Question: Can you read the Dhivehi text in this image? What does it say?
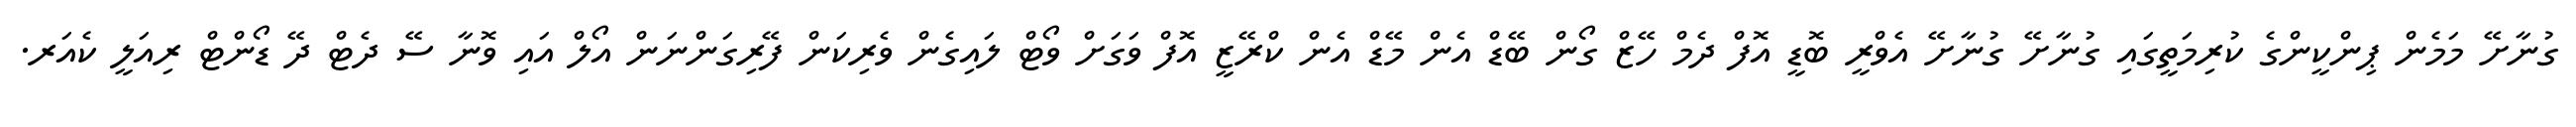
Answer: ގުނާށޭ މަމެން ޕިންކީންގެ ކުރިމަތީގައި ގުނާށޭ ގުނާށޭ އެވްރީ ބޮޑީ އޮފް ދެމް ހޭޒް ގޯން ބޭޑް އެން މޭޑް އެން ކްރޭޒީ އޮފް ވަގަށް ވޯޓް ލައިގެން ވެރިކަން ފޭރިގަންނަން އޯލް އައި ވޮނާ ސޭ ދެޓް ދޭ ޑޯންޓް ރިއަލީ ކެއަރ.